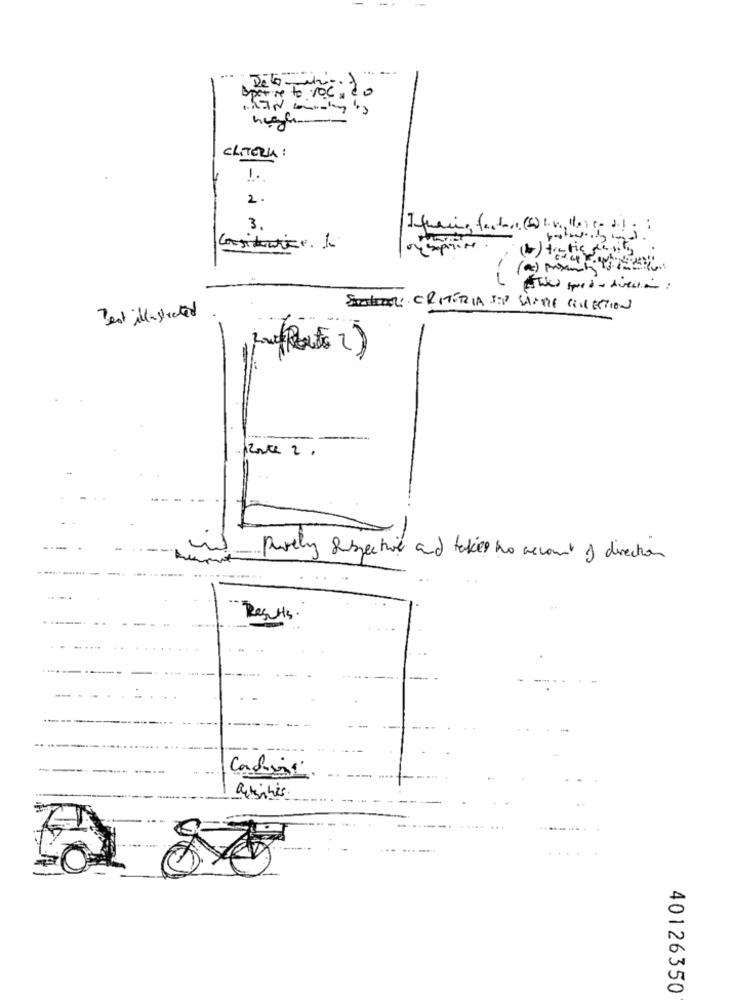
perte to vocado
CRITERIA :
1.
2.
3.
(*) trafic density
Sustrato CRITERIA SEP SAMME COLLECTION
Best illustrated
france 2 .
i
Purely subjective and takes no account of direction
Results.
-
Condizioni
40126350